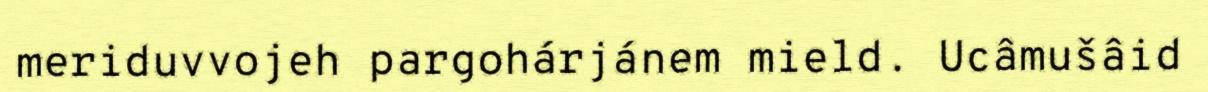
meriduvvojeh pargohárjánem mield. Ucâmušâid